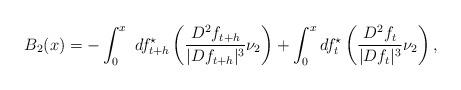
LaTeX: \begin{align*}B_2(x)=-\int_{0}^{x} \ df_{t+h}^\star\left( \frac{D^2f_{t+h} }{|Df_{t+h}|^3} \nu_2 \right) + \int_{0}^{x} df_{t}^\star\left( \frac{D^2f_{t} }{|Df_{t}|^3} \nu_2 \right) ,\end{align*}